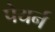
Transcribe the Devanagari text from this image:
पेयर्न